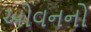
ઓવનનો